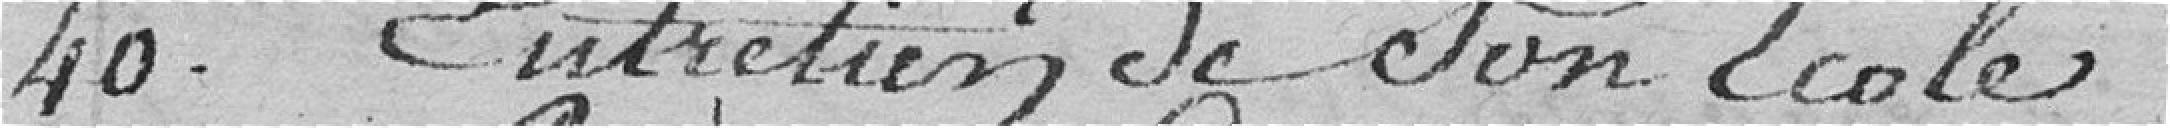
40. Entretien de Son Ecole